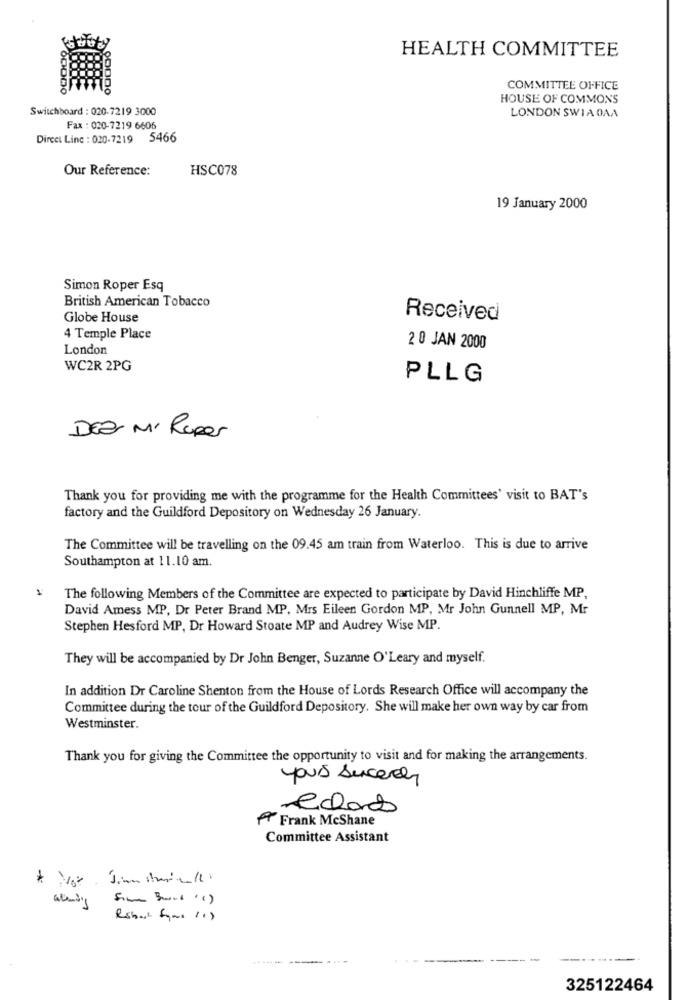
HEALTH COMMITTEE
COMMITTEE OFFICE
HOUSE OF COMMONS
Switchboard : 020-7219 3000
LONDON SWIA OAA
Fax : 020-7219 6606
Direct Line : 020-7219 5466
Our Reference:
HSC078
19 January 2000
Simon Roper Esq
British American Tobacco
Globe House
Received
4 Temple Place
London
2 0 JAN 2000
WC2R 2PG
PLLG
DEZ Mi Roper
Thank you for providing me with the programme for the Health Committees' visit to BAT's
factory and the Guildford Depository on Wednesday 26 January.
The Committee will be travelling on the 09.45 am train from Waterloo. This is due to arrive
Southampton at 11.10 am.
The following Members of the Committee are expected to participate by David Hinchliffe MP,
David Amess MP, Dr Peter Brand MP, Mrs Eileen Gordon MP, Mr John Gunnell MP, Mr
Stephen Hesford MP, Dr Howard Stoate MP and Audrey Wise MP.
They will be accompanied by Dr John Benger, Suzanne O'Leary and myself.
In addition Dr Caroline Shenton from the House of Lords Research Office will accompany the
Committee during the tour of the Guildford Depository. She will make her own way by car from
Westminster.
Thank you for giving the Committee the opportunity to visit and for making the arrangements.
yours sincerely
Ras
A Frank McShane
Committee Assistant
Rshad Some 11)
----- -- ....
325122464